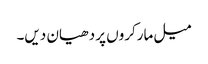
میل مارکروں پر دھیان دیں۔